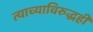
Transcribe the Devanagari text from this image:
त्याच्याविरुद्धही